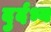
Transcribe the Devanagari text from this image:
दुर्दभ्य